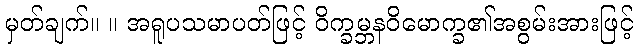
မှတ်ချက်။ ။ အရူပသမာပတ်ဖြင့် ဝိက္ခမ္ဘနဝိမောက္ခ၏အစွမ်းအားဖြင့်